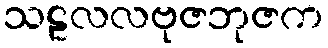
သဠလလဗုဇဘုဇက